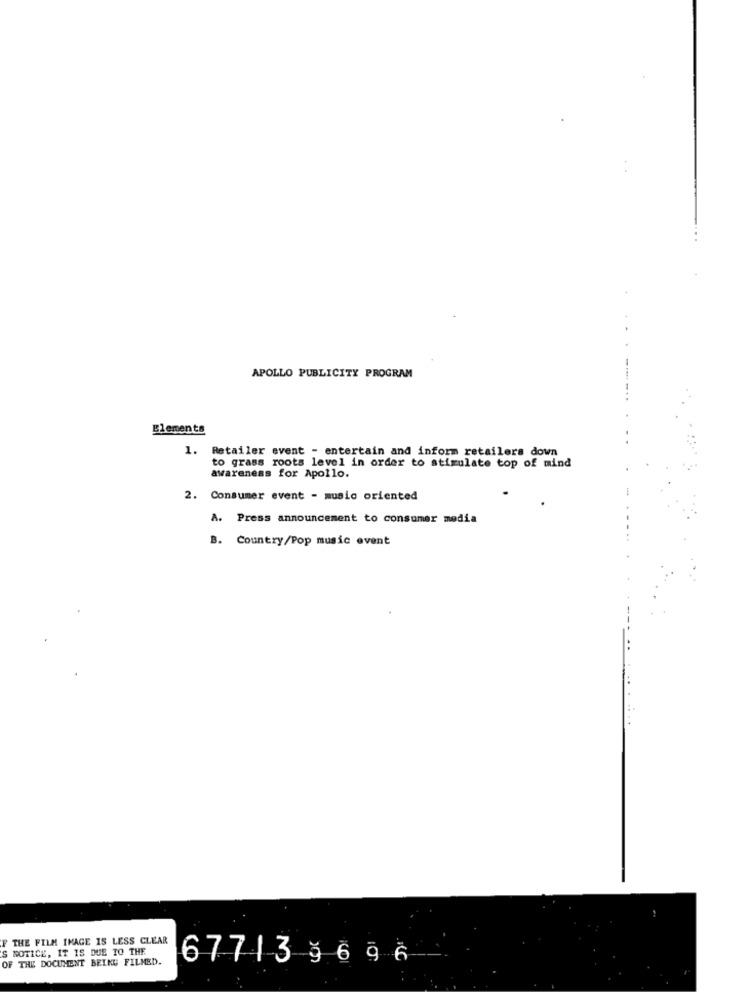
APOLLO PUBLICITY PROGRAM
Elements
1.
Retailer event - entertain and inform retailers down
to grass roots level in order to stimulate top of mind
awareness for Apollo.
2. Consumer event - music oriented
A. Press announcement to consumer media
B. Country/Pop music event
F THE FILM IMAGE IS LESS CLEAR
'S NOTICE, IT IS DUE TO THE
OF THE DOCUMENT BEING FILMED.
67713 3696